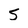
Character: 5